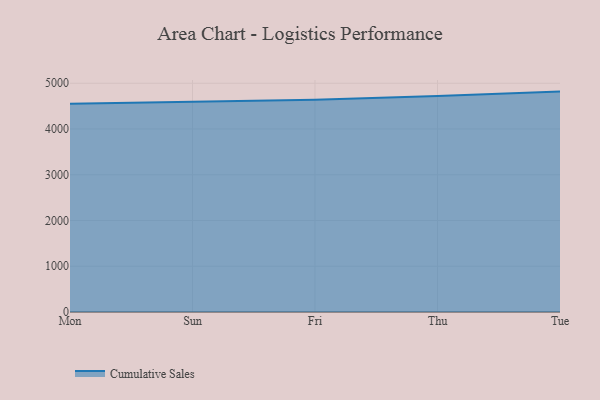
{"axis": {"x": "Day", "y": "Humidity (%)"}, "legend": ["Cumulative Sales"], "data": [{"x": "Mon", "y": 4554.2, "type": "Cumulative Sales"}, {"x": "Sun", "y": 4601.1, "type": "Cumulative Sales"}, {"x": "Fri", "y": 4641.6, "type": "Cumulative Sales"}, {"x": "Thu", "y": 4722.2, "type": "Cumulative Sales"}, {"x": "Tue", "y": 4817.2, "type": "Cumulative Sales"}]}